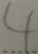
4